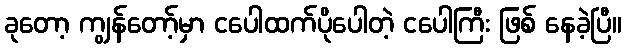
ခုတော့ ကျွန်တော့်မှာ ငပေါထက်ပိုပေါတဲ့ ငပေါကြီး ဖြစ် နေခဲ့ပြီ။